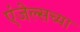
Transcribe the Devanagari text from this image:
एंजेल्सच्या